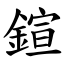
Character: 鍹